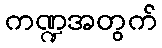
ကဏ္ဍအတွက်